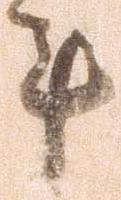
年